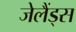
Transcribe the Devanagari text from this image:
जेलैंड्स